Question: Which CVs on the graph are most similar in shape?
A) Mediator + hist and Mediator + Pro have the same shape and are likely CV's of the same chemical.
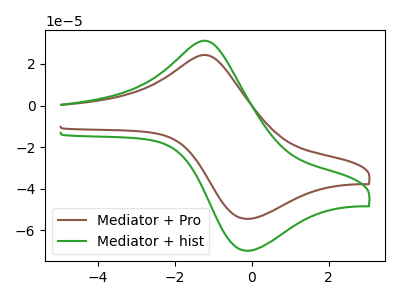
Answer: <think>The brown curve "Mediator + Pro" has an anodic peak at (-1.15V, 24.10uA) and a cathodic peak at (-0.15V, -54.45uA). The green curve "Mediator + hist" has an anodic peak at (-1.15V, 30.90uA) and a cathodic peak at (-0.15V, -69.80uA).
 All the peaks in "Mediator + Pro" have a peak in "Mediator + hist" at the same potential. Every peak in "Mediator + Pro" is lower than every peak in "Mediator + hist".</think>
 <answer>A) "Mediator + hist" and "Mediator + Pro" have the same shape and are likely CV's of the same chemical.</answer>
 <eval>A</eval>